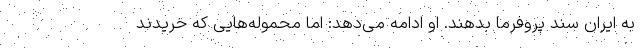
به ایران سند پروفرما بدهند. او ادامه می‌دهد: اما محموله‌هایی که خریدند